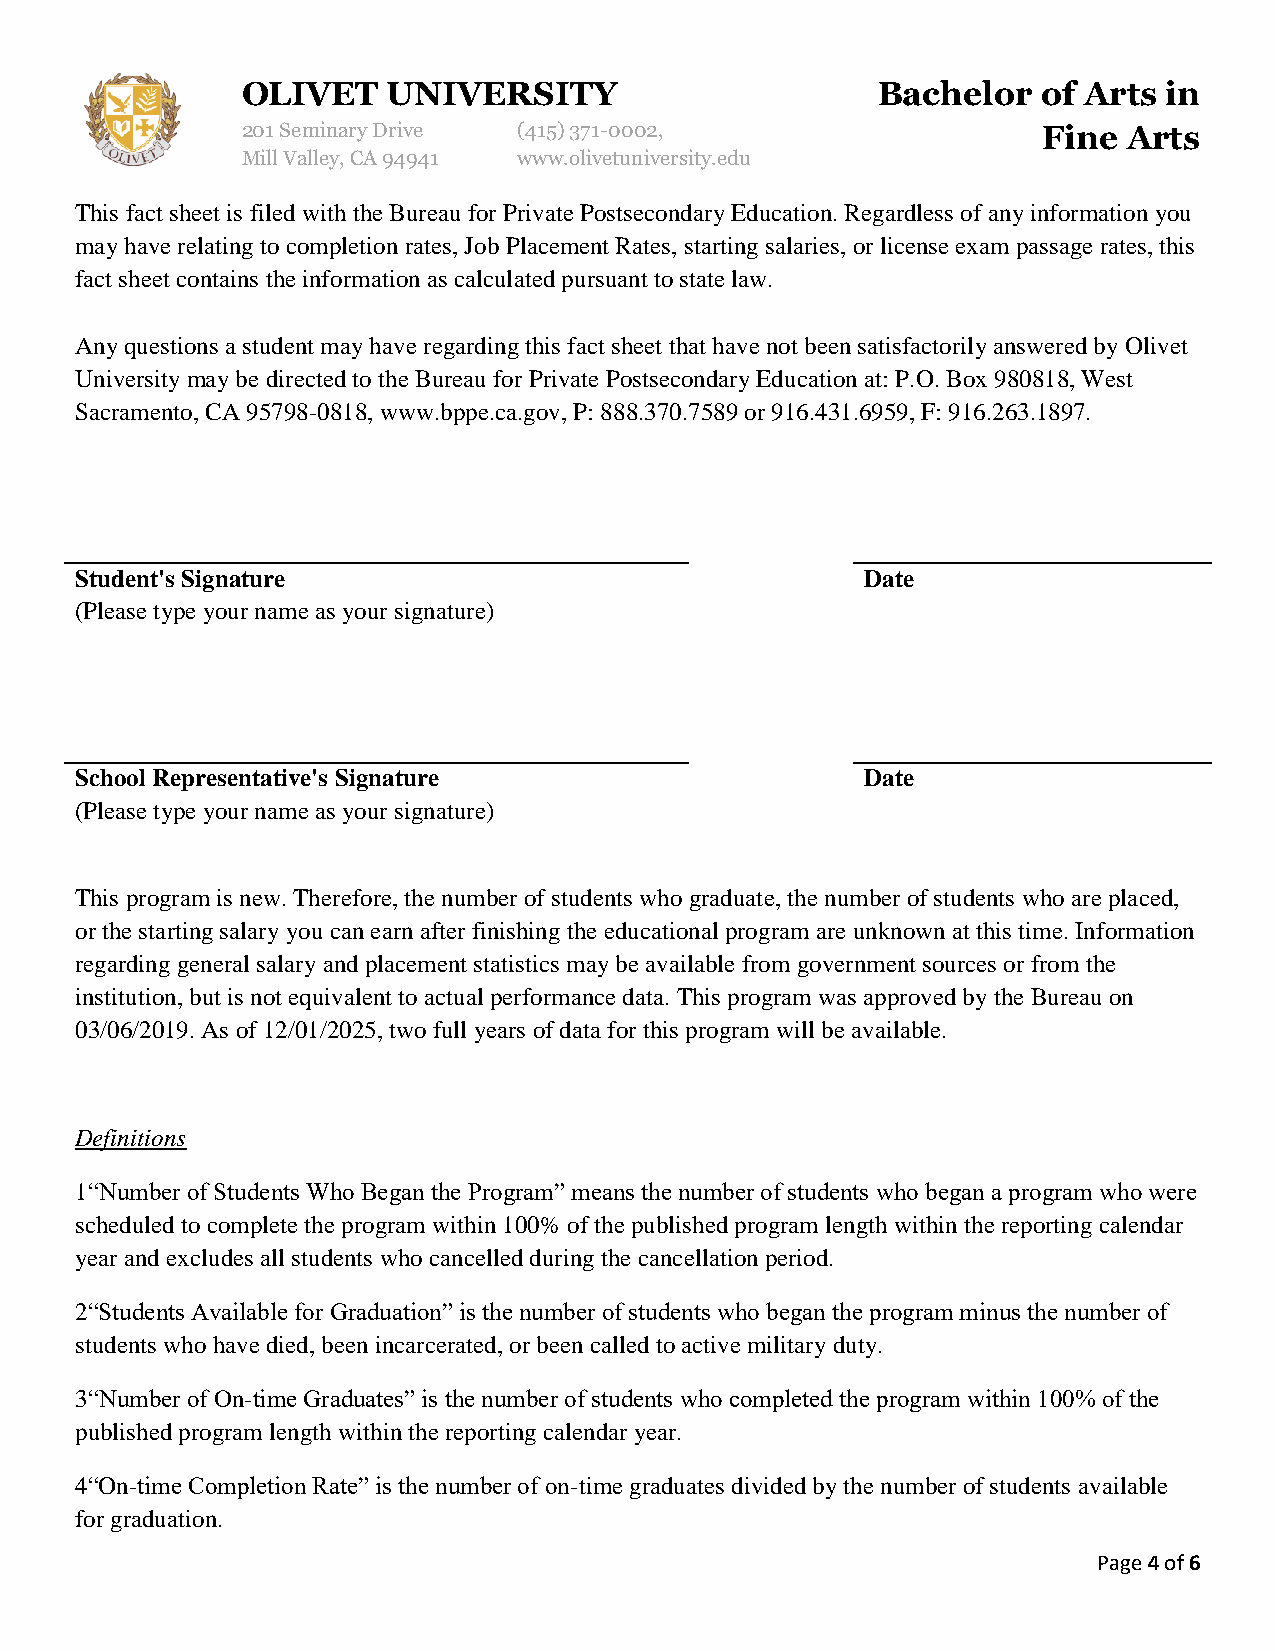
OLIVET    UNIVERSITY                      Bachelor   of Arts in
 201 Seminary Drive (415)371-0002,                    Fine  Arts
 Mill Valley, CA 94941 www.olivetuniversity.edu
 This fact sheet is filed with the Bureau for Private Postsecondary Education. Regardless of any information you
 may have relating to completion rates, Job Placement Rates, starting salaries, or license exam passage rates, this
 fact sheet contains the information as calculated pursuant to state law.
 Any questions a student may have regarding this fact sheet that have not been satisfactorily answered by Olivet
 University may be directed to the Bureau for Private Postsecondary Education at: P.O. Box 980818, West
 Sacramento, CA 95798-0818, www.bppe.ca.gov, P: 888.370.7589 or 916.431.6959, F: 916.263.1897.
 Student's Signature                                 Date
 (Please type your name as your signature)
 School Representative's Signature                   Date
 (Please type your name as your signature)
 This program is new. Therefore, the number of students who graduate, the number of students who are placed,
 or the starting salary you can earn after finishing the educational program are unknown at this time. Information
 regarding general salary and placement statistics may be available from government sources or from the
 institution, but is not equivalent to actual performance data. This program was approved by the Bureau on
 03/06/2019. As of 12/01/2025, two full years of data for this program will be available.
 Definitions
 1“Number of Students Who Began the Program” means the number of students who began a program who were
 scheduled to complete the program within 100% of the published program length within the reporting calendar
 year and excludes all students who cancelled during the cancellation period.
 2“Students Available for Graduation” is the number of students who began the program minus the number of
 students who have died, been incarcerated, or been called to active military duty.
 3“Number of On-time Graduates” is the number of students who completed the program within 100% of the
 published program length within the reporting calendar year.
 4“On-time Completion Rate” is the number of on-time graduates divided by the number of students available
 for graduation.
 Page 4 of 6